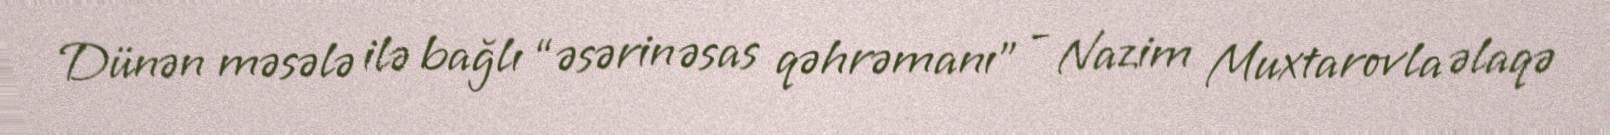
Dünən məsələ ilə bağlı “əsərin əsas qəhrəmanı” - Nazim Muxtarovla əlaqə